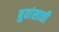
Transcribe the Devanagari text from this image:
बुवांसाठी